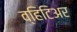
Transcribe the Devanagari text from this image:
व्हिटिअर